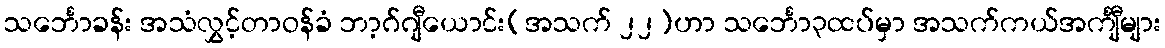
သင်္ဘောခန်း အသံလွှင့်တာဝန်ခံ ဘာ့ဂ်ဂျီယောင်း(အသက် ၂၂)ဟာ သင်္ဘော၃ထပ်မှာ အသက်ကယ်အင်္ကျီများ